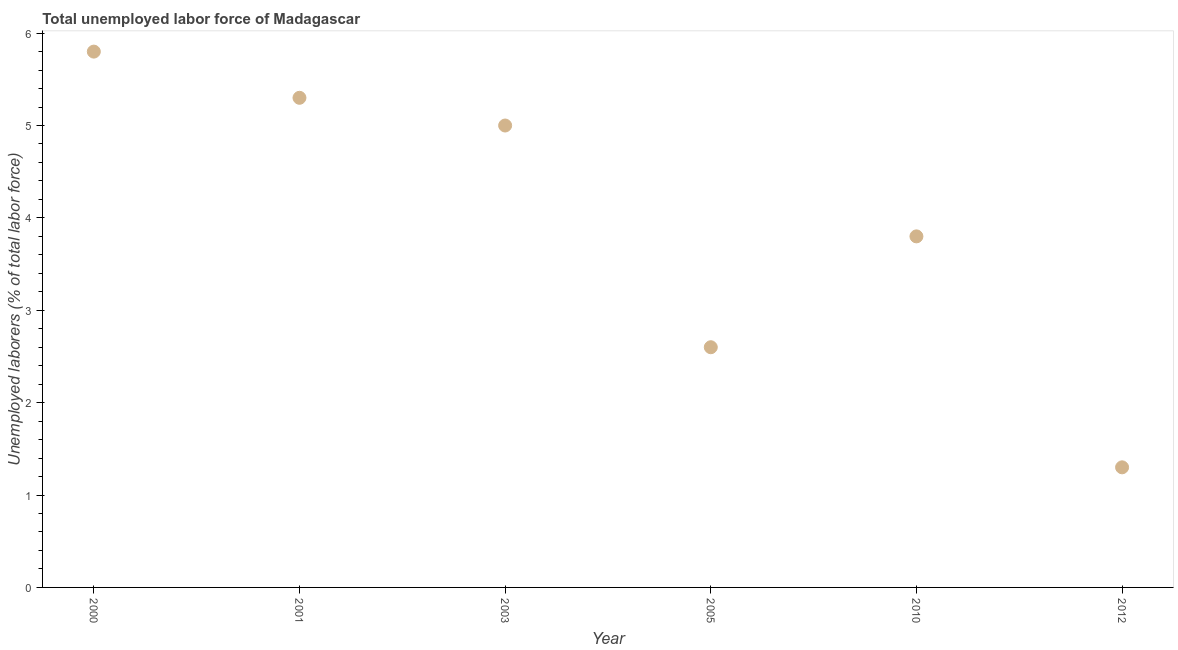
| Year | Unemployment total |
 | --- | --- |
 | 2000 | 5.8 |
 | 2001 | 5.3 |
 | 2003 | 5 |
 | 2005 | 2.6 |
 | 2010 | 3.8 |
 | 2012 | 1.3 |